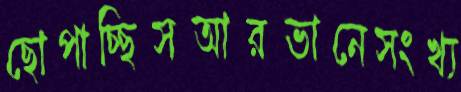
ছোপাচ্ছিসআরভানেসংখ্য